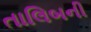
તાલિબની